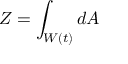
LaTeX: Z = \int _ { W \left( t \right) } d A